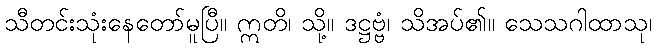
သီတင်းသုံးနေတော်မူပြီ။ ဣတိ၊ သို့။ ဒဋ္ဌဗ္ဗံ၊ သိအပ်၏။ သေသဂါထာသု၊